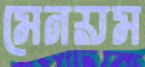
মেনয়ম